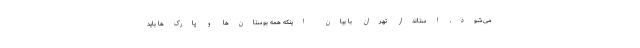
می‌شود. استاندار تهران با بیان اینکه همه بوستان‌ها و پارک‌ها باید